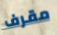
مقرف